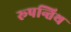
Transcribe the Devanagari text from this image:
रूपन्तिथ